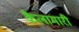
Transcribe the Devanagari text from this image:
कैलामारी